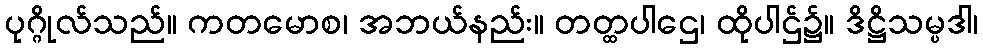
ပုဂ္ဂိုလ်သည်။ ကတမောစ၊ အဘယ်နည်း။ တတ္ထပါဌေ၊ ထိုပါဌ်၌။ ဒိဋ္ဌိသမ္ပဒါ၊